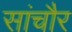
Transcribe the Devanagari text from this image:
सांचौर